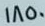
1850